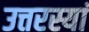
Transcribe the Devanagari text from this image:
उत्तरस्यां